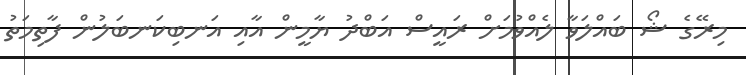
މިރޭގެ ޝޯ ބައްލަވާ ލެއްވުމަށް ރައީސް އަބްދު ޔާމީން އާއި އަނބިކަނބަލުން ފާތިމަތު